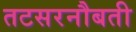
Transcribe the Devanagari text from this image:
तटसरनौबती